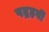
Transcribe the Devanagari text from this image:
पद्रहवीं